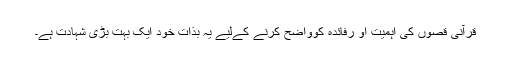
قرآنی قصوں کی اہمیت او رفائدہ کوواضح کرنے کےلیے یہ بذات خود ایک بہت بڑی شہادت ہے۔